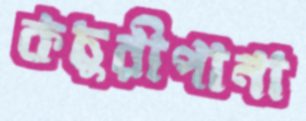
কচুরীপানা